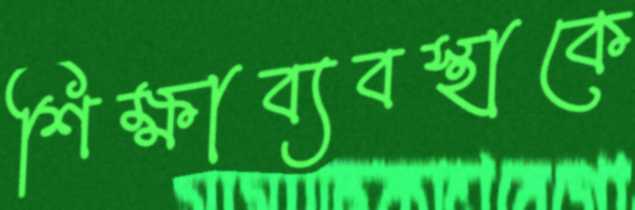
শিক্ষাব্যবস্থাকে